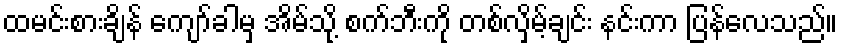
ထမင်းစားချိန် ကျော်ခါမှ အိမ်သို့ စက်ဘီးကို တစ်လှိမ့်ချင်း နင်းကာ ပြန်လေသည်။